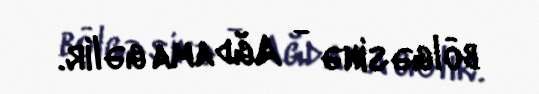
bölgəsinə - Ağdama gəlir.